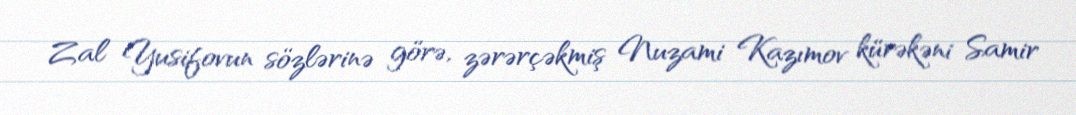
Zal Yusifovun sözlərinə görə, zərərçəkmiş Nuzami Kazımov kürəkəni Samir